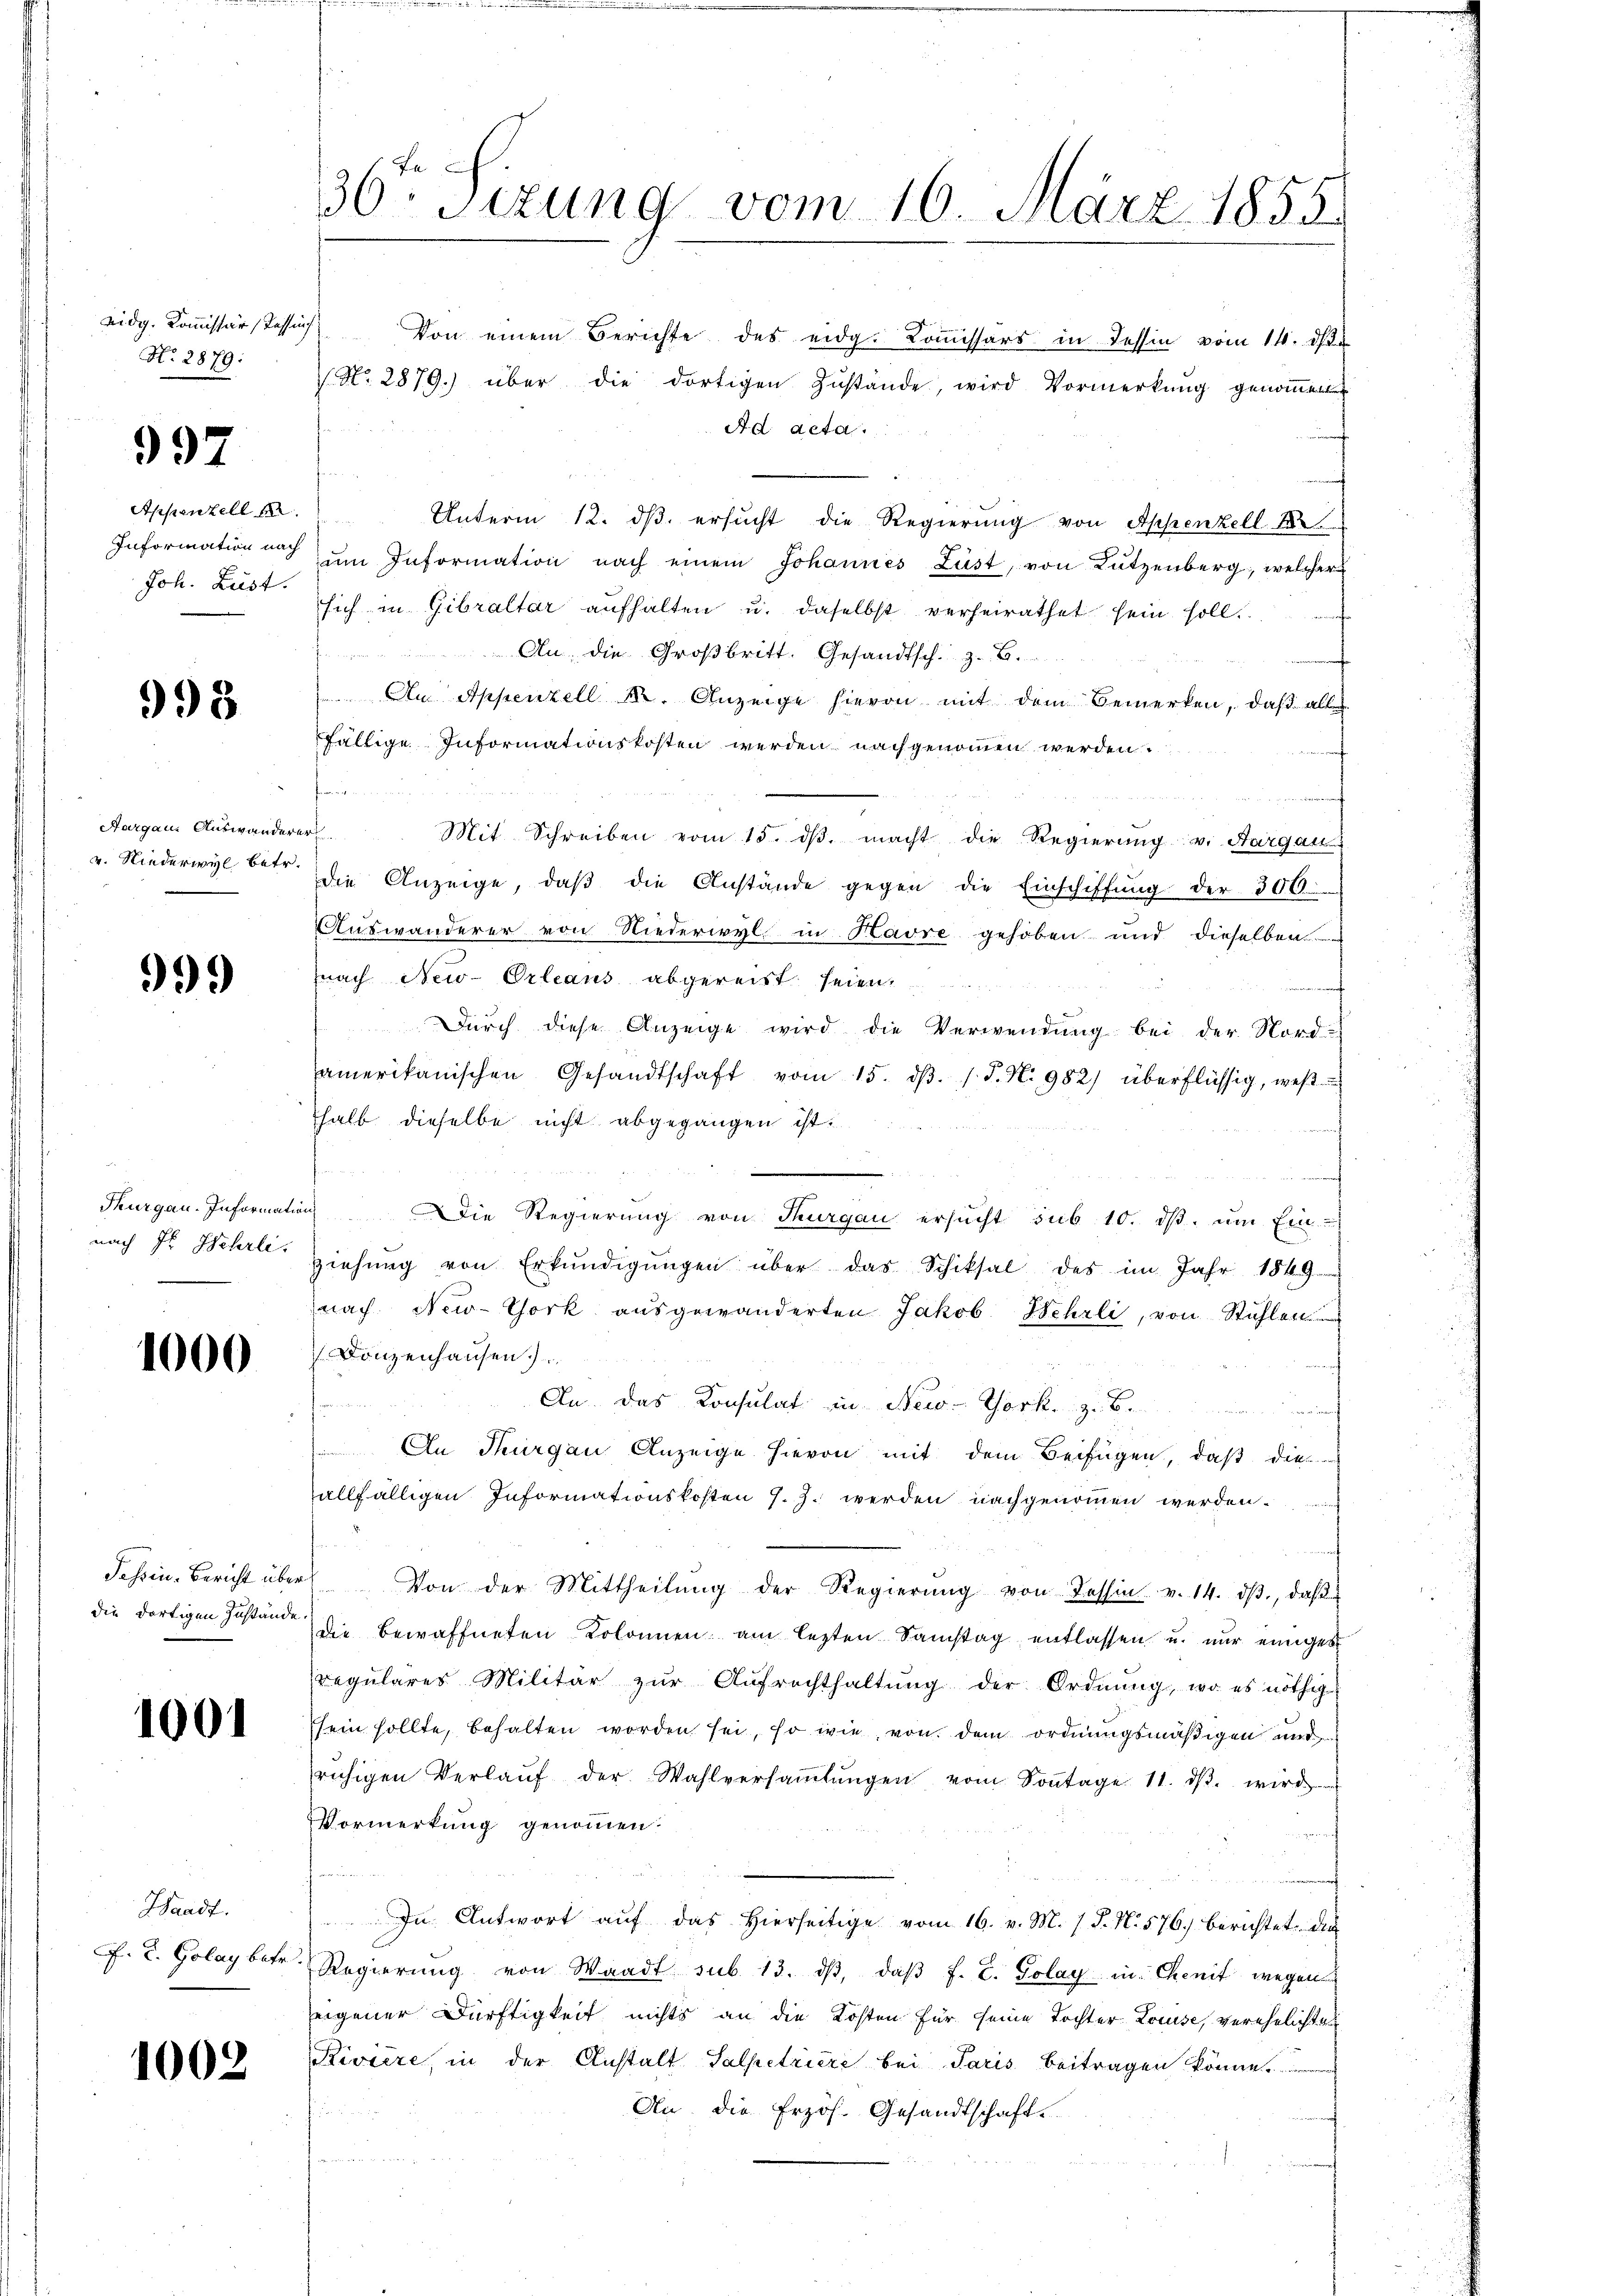
No. 2879:

997

Appenzell A.
Information nach
Joh. Lust.

998

Aargau. Auswandern
v. Niederwyl betr.

99.)

Thurgau. Information
nach Hr. Wehrli

1000

1001

Haadf.
. L. Golay betr.

1002

30ten Sizung vom 16. März 1855

No. 2879.) über die dortigen Zustände, wird Vormerkung genommen
Ad acta.
.
Unterm 12. dβ. ersucht die Regierung von Appenzell A.
am Information nach einem Johannes Lust, von Lützenberg, welcher
sich in Gibraltar aŭfhalten u. daselbst verheirathet sein soll.
Au, die Großbritt. Gesandtsch. z. B.
Au Appenzell A. Anzeige hievon mit dem Bemerken, daß alle
fällige Informationskosten werden nachgenommen werden.
f
f
f
Mit Schreiben vom 15. dβ macht die Regierung v. Aargau
die Anzeige, daβ die Anstände gegen die Einschiffung der 300.
Auswanderer von Niederwyl in Havre gehoben und dieselben
nach New-Orleans abgereist seien.
Durch diese Anzeige wird die Verwendung bei der Nordamerikanischen Gesandtschaft vom 15. dβ. /. P. N. 982) überflüssig, wes
halb dieselbe nicht abgegangen ist.
 Die Regierŭng von Thurgau ersŭcht sub 10. dβ. ŭm Ein-
Ziehŭng von Erkŭndigŭngen über das Schiksal des im Jahr 1849
nach New-York ausgewänderten Jakob Wehrli, von Stühlen
Donzenhausen.
An das Konsulat in New-York. z. B.
An Thurgau Anzeige hievon mit dem Beifügen, daß die
allfälligen Informationskosten J. J. werden nachgenoṁen werden.
Jahren-Bericht über Von der Mittheilŭng der Regierŭng von Tessin v. 14. dβ, daβ
die dortigen Zustand die bewaffneten Kolonnen am lezten Samstag entlassen u. nur einiges
regulares Militär zŭr Aŭfrechthaltŭng der Ordnŭng, wo es nöthig
sein sollte, behalten worden sei, so wie von dem ordnungsmäßigen und
rŭhigen Verlaŭf der Wahlversaṁlŭngen vom Soṅtage 11. dβ. wird
Vormerkung genommen.
In Antwort aŭf das hierseitige vom 16. v. M. (T. N. 576) berichtet die
Regierung von Waadt sub 13. dβ, daβ f. E. Golay in Chenit wegen
eigener Dürftigkeit nichts an die Kosten für seine Tochter Louise, verehelichte
Riviere, in der Anstalt Salpetriere bei Paris beitragen könne.
An die Erzös. Gesandtschaft.

eidg. Kommissärstessich Von einem Berichte des eidg. Kommissärs in dessin vom 14. Okt.